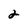
Character: 2